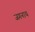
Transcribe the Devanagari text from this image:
जगनाथ